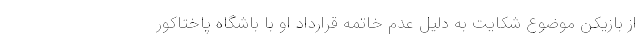
از بازیکن موضوع شکایت به دلیل عدم خاتمه قرارداد او با باشگاه پاختاکور